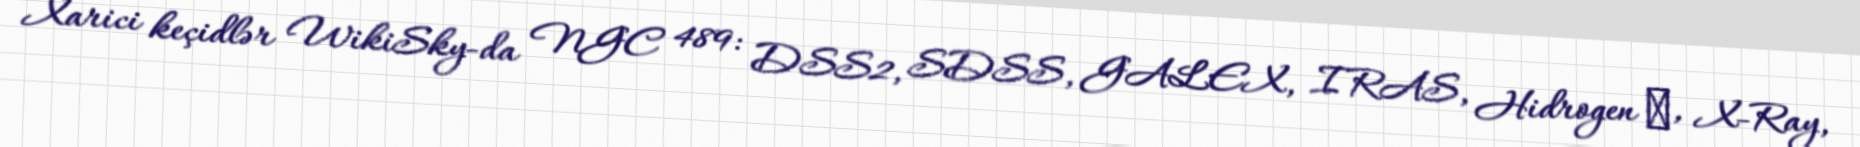
Xarici keçidlər WikiSky-da NGC 489: DSS2, SDSS, GALEX, IRAS, Hidrogen α, X-Ray,